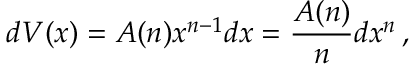
d V ( x ) = A ( n ) x ^ { n - 1 } d x = \frac { A ( n ) } { n } d x ^ { n } \, ,